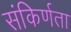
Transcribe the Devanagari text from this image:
संकिर्णता